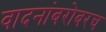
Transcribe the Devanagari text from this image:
वादनांबरोबरच